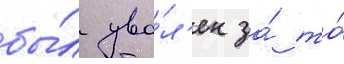
бы́л уво́л'ен за́ то́